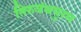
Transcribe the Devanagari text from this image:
तिरुवंथपुरम